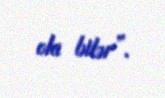
ola bilər”.